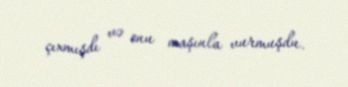
çıxmışdı və onu maşınla vurmuşdu.